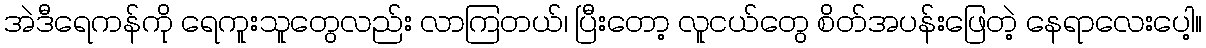
အဲဒီရေကန်ကို ရေကူးသူတွေလည်း လာကြတယ်၊ ပြီးတော့ လူငယ်တွေ စိတ်အပန်းဖြေတဲ့ နေရာလေးပေါ့။